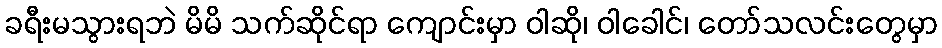
ခရီးမသွားရဘဲ မိမိ သက်ဆိုင်ရာ ကျောင်းမှာ ဝါဆို၊ ဝါခေါင်၊ တော်သလင်းတွေမှာ